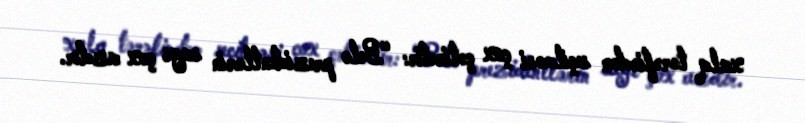
xalq tərəfindən seçilməsi çox çətindir: “Belə prezidentlərin sayı çox azdır.